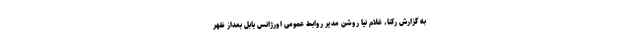
به گزارش رکنا، غلام نیا روشن مدیر روابط عمومی اورژانس بابل بعداز ظهر